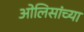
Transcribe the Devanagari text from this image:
ओलिसांच्या